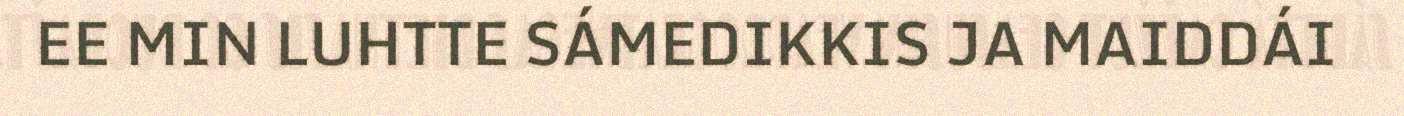
EE MIN LUHTTE SÁMEDIKKIS JA MAIDDÁI